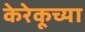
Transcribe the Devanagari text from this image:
केरेकूच्या